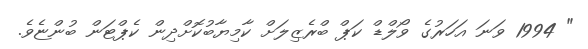
" 1994 ވަނަ އަހަރުގެ ވޯލްޑް ކަޕް ބްރެޒިލަށް ކާމިޔާބުކޮށްދިން ކެޕްޓަން ބުންޏެވެ.